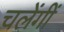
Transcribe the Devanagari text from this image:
चलेंगीं